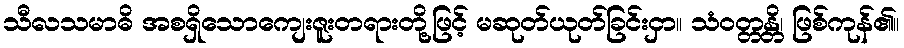
သီလသမာဓိ အစရှိသောကျေးဇူးတရားတို့ဖြင့် မဆုတ်ယုတ်ခြင်းငှာ။ သံဝတ္တန္တိ၊ ဖြစ်ကုန်၏။